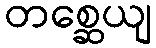
တစ္ဆေယျ